Rangoon Lunatic Asylum 1893-1897 - 1893-1897
Year: 1893
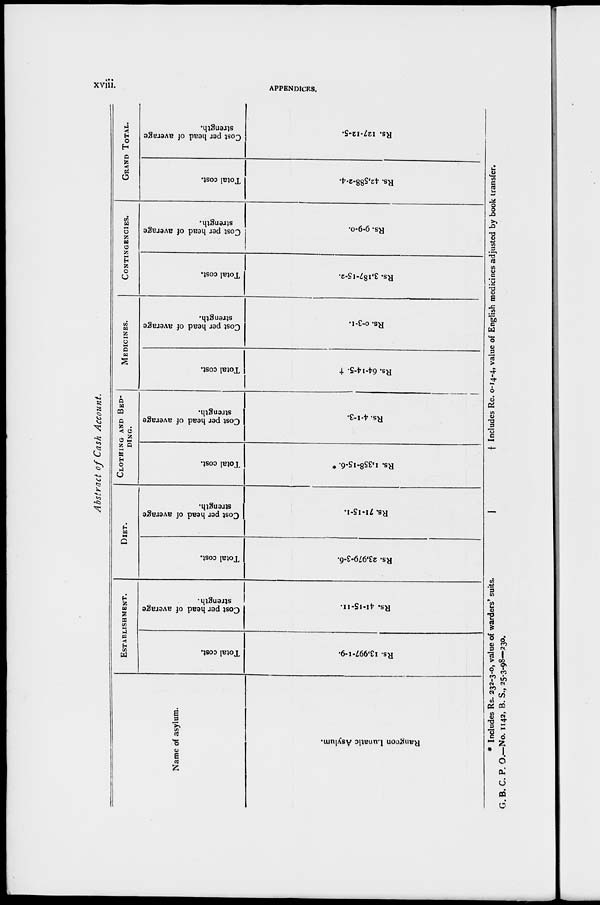
xviii.
APPENDICES.
Abstract of Cash Account.
Name of asylum.
Rangoon Lunatic Asylum.
ESTABLISHMENT.
Total cost.
Rs. 13,997-1-9.
Cost per head of average
strength.
Rs. 41-15-11.
DIET.
Total cost.
Rs. 23,979-3-6.
Cost per head of average
strength.
Rs. 71-15-1.
CLOTHING AND BED-
----.
Total cost.
Rs. 1,358-15-6. *
Cost per head of average
strength.
Rs. 4-1-3.
MEDICINES.
Total cost.
Rs. 64-14-5.†
Cost per head of average
strength.
Rs. 0-3-1.
CONTINGENCIES.
Total cost.
Rs. 3,187-15-2.
Cost per head of average
strength.
Rs. 9-9-0.
GRAND TOTAL.
Total cost.
Rs. 42,588-2-4.
Cost per head of average
strength.
Rs. 127-12-5.
* Includes Rs. 232-3-0, value of warders' suits,
G. B. C. P. O.—No. 1142, B. S., 25-3-98—230.
† Includes Re. 0-14-4, value of English medicines adjusted by book transfer.